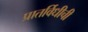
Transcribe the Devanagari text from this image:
प्रातर्विधीची